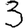
Digit: 3